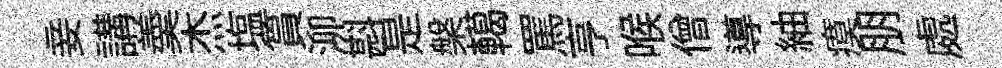
妾講羮杰塩篔泖斟是槃轕罵亨喉僧導紬瘼朋處